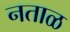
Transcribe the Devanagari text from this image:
नताळ